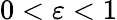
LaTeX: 0<\varepsilon<1